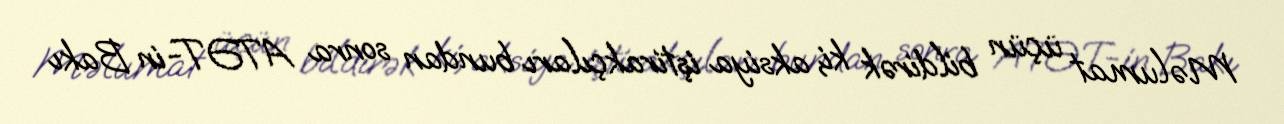
Məlumat üçün bildirək ki, aksiya iştirakçıları bundan sonra ATƏT-in Bakı